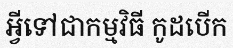
អ្វីទៅជាកម្មវិធី កូដបើក